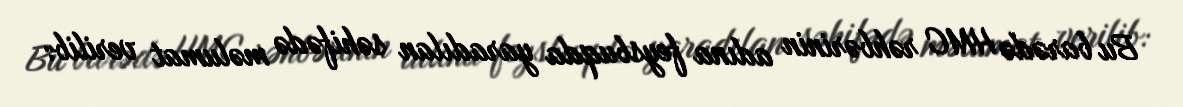
Bu barədə HMC rəhbərinin adına feysbuqda yaradılan səhifədə məlumat verilib: